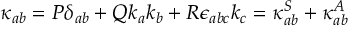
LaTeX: \kappa _ { a b } = P \delta _ { a b } + Q k _ { a } k _ { b } + R \epsilon _ { a b c } k _ { c } = \kappa _ { a b } ^ { S } + \kappa _ { a b } ^ { A }